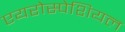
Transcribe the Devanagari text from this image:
एयरोस्पेशियल